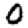
Digit: 0